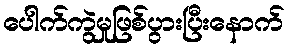
ပေါက်ကွဲမှုဖြစ်ပွားပြီးနောက်